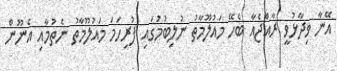
އޭނާ ވިދާޅުވީ ރާއްޖެއާ ބެހޭ މައުލޫމާތު ނުލިބުމުގައި ފުރިހަމަ މައުލޫމާތު ނެތުމާއި އެނޫން